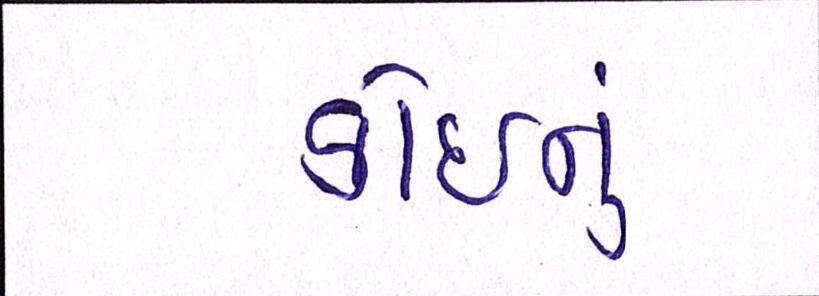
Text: કોઈનું